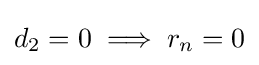
d_{2}=0\implies r_{n}=0